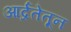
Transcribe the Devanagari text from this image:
आर्द्रतेतून